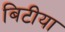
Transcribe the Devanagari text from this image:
बिटीया